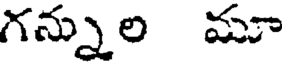
గన్నుల మూ